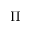
\Pi